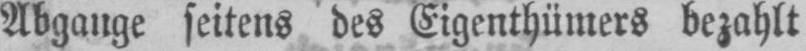
Abgange seitens des Eigentümers bezahlt